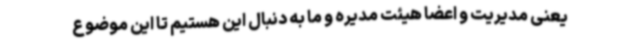
یعنی مدیریت و اعضا هیئت مدیره و ما به دنبال این هستیم تا این موضوع